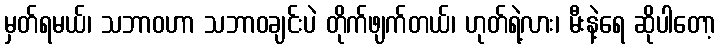
မှတ်ရမယ်၊ သဘာဝဟာ သဘာဝချင်းပဲ တိုက်ဖျက်တယ်၊ ဟုတ်ရဲ့လား၊ မီးနဲ့ရေ ဆိုပါတော့